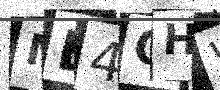
Text: ME4OHW